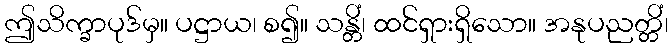
ဤသိက္ခာပုဒ်မှ။ ပဋ္ဌာယ၊ စ၍။ သန္တိံ၊ ထင်ရှားရှိသော။ အနုပညတ္တိံ၊